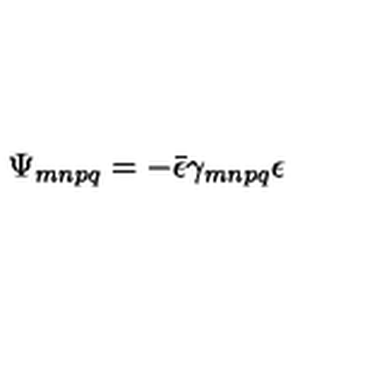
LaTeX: \Psi _ { m n p q } = - \bar { \epsilon } \gamma _ { m n p q } \epsilon